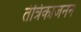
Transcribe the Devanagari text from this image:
तंत्रिकाजनन